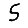
Digit: 5